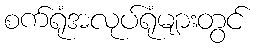
စက်ရုံအလုပ်ရုံများတွင်